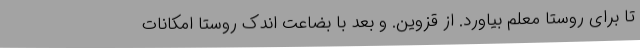
تا برای روستا معلم بیاورد. از قزوین. و بعد با بضاعت اندک روستا امکانات